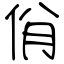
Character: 佾